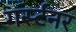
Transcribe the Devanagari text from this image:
गर्स्टनर